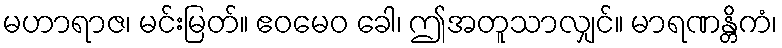
မဟာရာဇ၊ မင်းမြတ်။ ဧဝမေဝ ခေါ၊ ဤအတူသာလျှင်။ မာရဏန္တိကံ၊